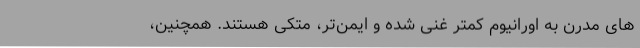
های مدرن به اورانیوم کمتر غنی شده و ایمن‌تر، متکی هستند. همچنین،